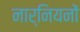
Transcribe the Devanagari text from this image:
नार्नियनों